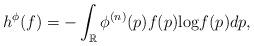
LaTeX: \begin{align*} h^{\phi}(f) = - \int_{\mathbb{R}} \phi^{(n)}(p) f(p) {\rm log} f(p) dp, \end{align*}